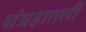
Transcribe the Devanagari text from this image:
संग्रहातली